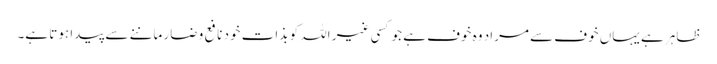
ظاہر ہے یہاں خوف سے مراد وہ خوف ہے جو کسی غیر اللہ کو بذات خود نافع و ضار ماننے سے پیدا ہوتا ہے۔